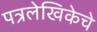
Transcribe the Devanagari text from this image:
पत्रलेखिकेचे